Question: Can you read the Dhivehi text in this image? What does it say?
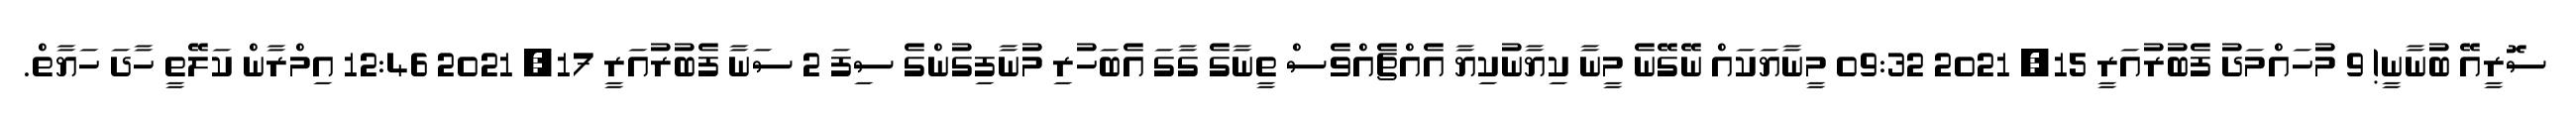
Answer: ސޮރީއޭ ބުނާނީ! 9 މުހައްމަދު ފެބުރުއަރީ 15, 2021 09:32 މީނާޔަކައް ނޭގޭނެ މީނާ ކިޔާނުކިޔާ އެއްޗެއްވެސް ތީނާގެ ގާގަ އެބަހުރި މުނާފިގުންގެ ސިފަ 2 ސަނާ ފެބުރުއަރީ 17, 2021 12:46 އިމްރާން ކަލޭތީ ހާދަ ހަޔާތް.